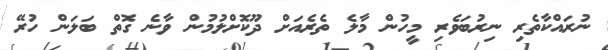
ނުރައްކާތެރި ނިރުބަވެރި މީހުން މާލެ ތެރެއަށް ދޫކޮށްލުމުން ވާނެ ގޮތް ބަލަން ހުރޭ